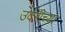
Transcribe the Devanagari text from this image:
उंदेरीच्या